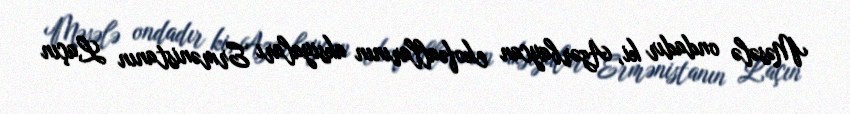
Məsələ ondadır ki, Azərbaycan ekofəallarının aksiyaları Ermənistanın Laçın